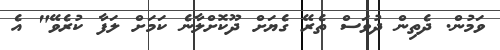
ވަމުން. ދެތިން ދުވަސް ތެރޭ ގެޔަށް ދޫކޮށްލާނެ ކަމަށް ލަފާ ކުރެވޭ" އެ